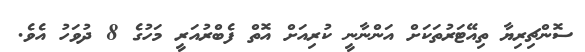
ސޮންޗިރިޔާ ތިއޭޓަރުތަކަށް އަންނާނީ ކުރިއަށް އޮތް ފެބްރުއަރީ މަހުގެ 8 ދުވަހު އެވެ.